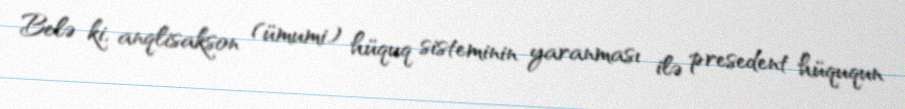
Belə ki, anqlisakson (ümumi) hüquq sisteminin yaranması ilə presedent hüququn